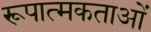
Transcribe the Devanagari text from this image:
रूपात्मकताओं